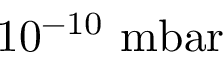
1 0 ^ { - 1 0 } ~ \mathrm { m b a r }